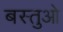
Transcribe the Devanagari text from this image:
बस्तुओ